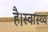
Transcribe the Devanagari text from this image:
है।स्वास्थ्य